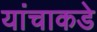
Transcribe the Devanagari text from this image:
यांचाकडे